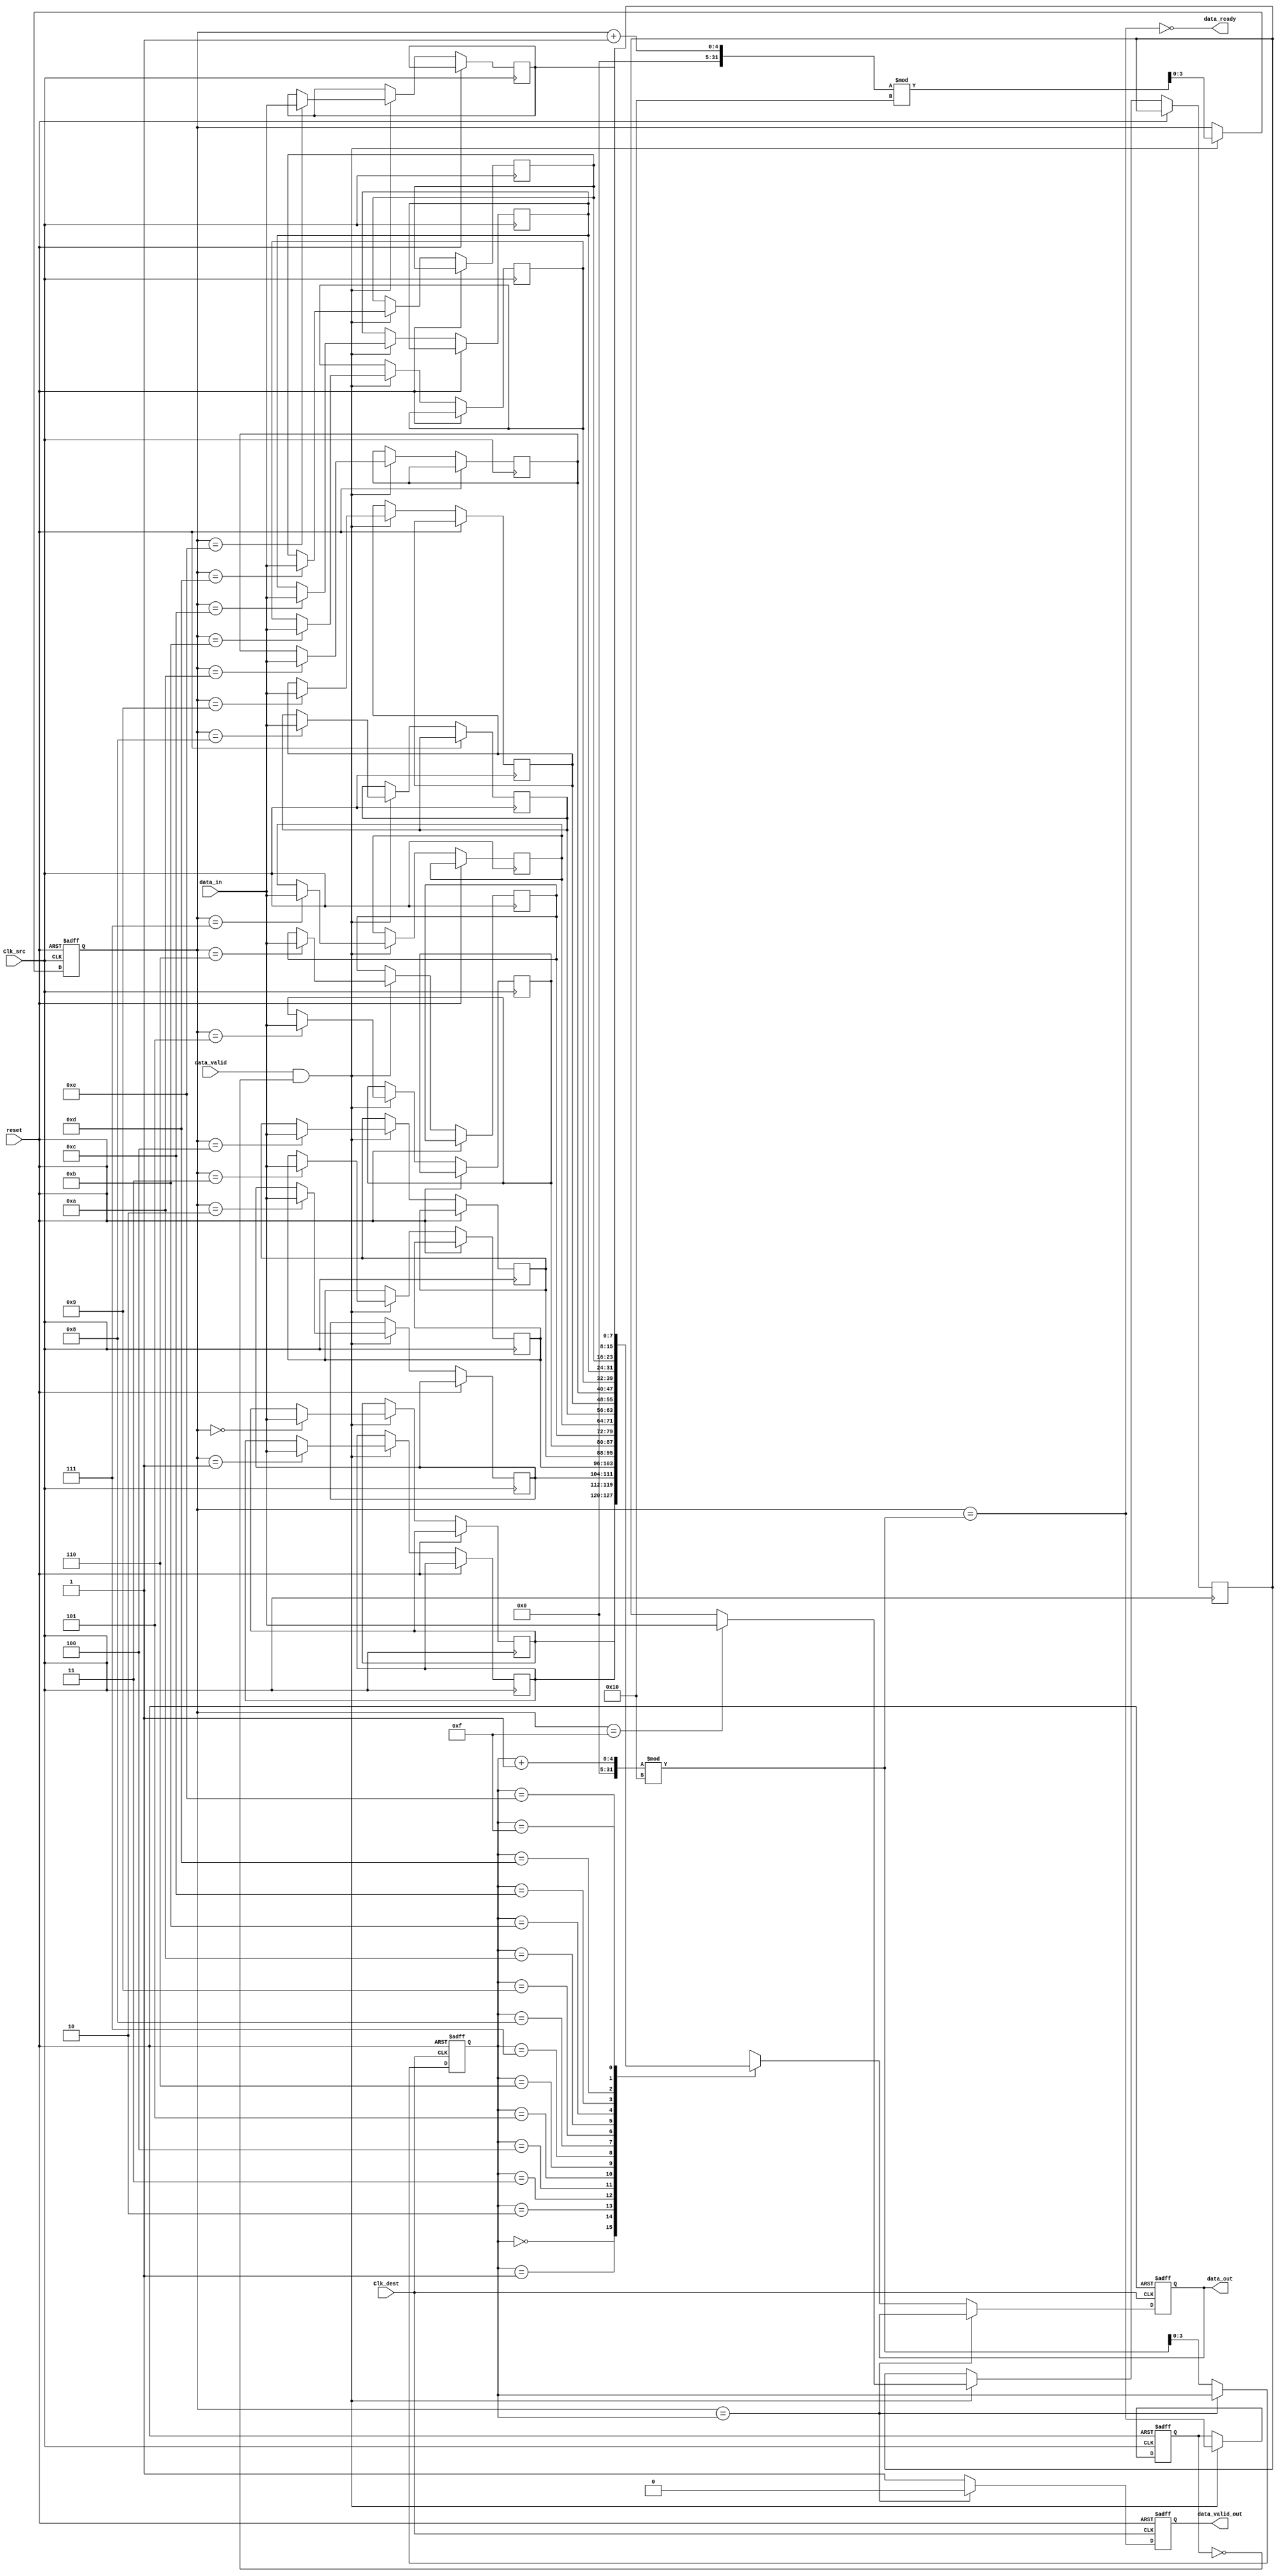
module burst_mode_synchronizer #(
    parameter DATA_WIDTH = 8,  // Width of data
    parameter FIFO_DEPTH = 16   // Depth of FIFO
)(
    input wire Clk_src,         // Source clock
    input wire Clk_dest,        // Destination clock
    input wire [DATA_WIDTH-1:0] data_in,  // Data input
    input wire data_valid,       // Data valid signal
    output wire data_ready,      // Data ready signal
    output reg [DATA_WIDTH-1:0] data_out, // Synchronized data output
    output reg data_valid_out,   // Valid signal for output data
    input wire reset             // Reset signal
);

    // FIFO buffer declaration
    reg [DATA_WIDTH-1:0] fifo [0:FIFO_DEPTH-1];
    reg [$clog2(FIFO_DEPTH)-1:0] wr_ptr; // Write pointer
    reg [$clog2(FIFO_DEPTH)-1:0] rd_ptr; // Read pointer
    reg fifo_full;    // FIFO full flag
    reg fifo_empty;   // FIFO empty flag
    
    // Status signals
    wire fifo_full_int;
    wire fifo_empty_int;

    assign fifo_full_int = (wr_ptr == (rd_ptr + 1) % FIFO_DEPTH);
    assign fifo_empty_int = (wr_ptr == rd_ptr);

    assign data_ready = !fifo_full_int; // Data is ready to be written if FIFO is not full

    // FIFO Write Logic (Clocked by Clk_src)
    always @(posedge Clk_src or posedge reset) begin
        if (reset) begin
            wr_ptr <= 0;
            fifo_full <= 0;
        end else begin
            if (data_valid && !fifo_full) begin
                fifo[wr_ptr] <= data_in;  // Write data to FIFO
                wr_ptr <= (wr_ptr + 1) % FIFO_DEPTH;  // Increment write pointer
                fifo_full <= fifo_full_int; // Update full status
            end
        end
    end

    // FIFO Read Logic (Clocked by Clk_dest)
    always @(posedge Clk_dest or posedge reset) begin
        if (reset) begin
            rd_ptr <= 0;
            fifo_empty <= 1;
            data_valid_out <= 0;
            data_out <= 0;
        end else begin
            if (!fifo_empty_int) begin
                data_out <= fifo[rd_ptr]; // Read data from FIFO
                data_valid_out <= 1;       // Indicate valid output data
                rd_ptr <= (rd_ptr + 1) % FIFO_DEPTH; // Increment read pointer
            end else begin
                data_valid_out <= 0;       // Indicate no valid output data
            end
            
            fifo_empty <= fifo_empty_int; // Update empty status
        end
    end

    // Synchronization Logic for Control Signals
    reg sync_fifo_full_1, sync_fifo_full_2;
    reg sync_fifo_empty_1, sync_fifo_empty_2;

    always @(posedge Clk_dest) begin
        sync_fifo_full_1 <= fifo_full;
        sync_fifo_full_2 <= sync_fifo_full_1;

        sync_fifo_empty_1 <= fifo_empty;
        sync_fifo_empty_2 <= sync_fifo_empty_1;
    end

    // Error Handling (Example: Simple error flag)
    wire error_detected = (data_valid && fifo_full); // Simple error condition, can be improved

endmodule